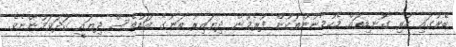
ބޭރުގައި ހުރި ގޮނޑިތައް މެހުމާނުންތަކުން ފުރެމުން ދިޔައިރު ތަނުގެ އަޑުވެސް ދިޔައީ ގަދަވަމުންނެވެ.